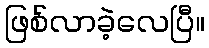
ဖြစ်လာခဲ့လေပြီ။